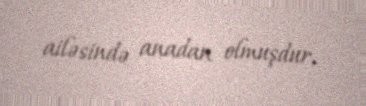
ailəsində anadan olmuşdur.